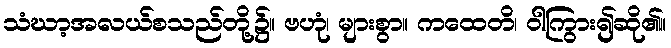
သံဃာ့အလယ်စသည်တို့၌။ ဗဟုံ၊ များစွာ။ ကထေတိ၊ ဝါကြွား၍ဆို၏။